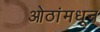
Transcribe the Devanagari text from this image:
ओठांमधून